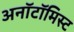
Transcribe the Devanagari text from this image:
अनॉटॉमिस्ट